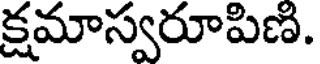
క్షమాస్వరూపిణి.